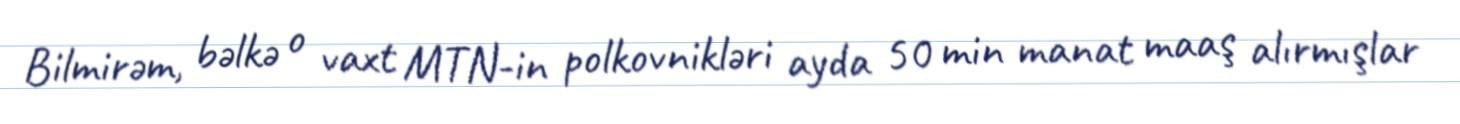
Bilmirəm, bəlkə o vaxt MTN-in polkovnikləri ayda 50 min manat maaş alırmışlar